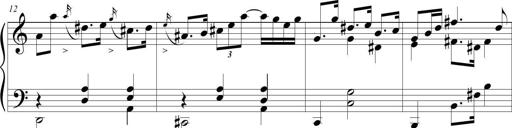
Title: Beatrice Bellaboomboom
Composer: Michel Rondeau
Key: A minor